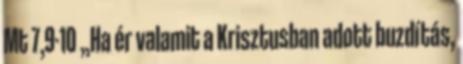
Mt 7,9-10 „Ha ér valamit a Krisztusban adott buzdítás,